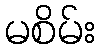
မစိမ်း